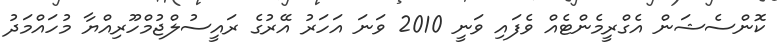
ކޮންސެޝަން އެގްރީމެންޓެއް ވެފައި ވަނީ 2010 ވަނަ އަހަރު އޭރުގެ ރައީސުލްޖުމްހޫރިއްޔާ މުހައްމަދު